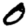
Digit: 0